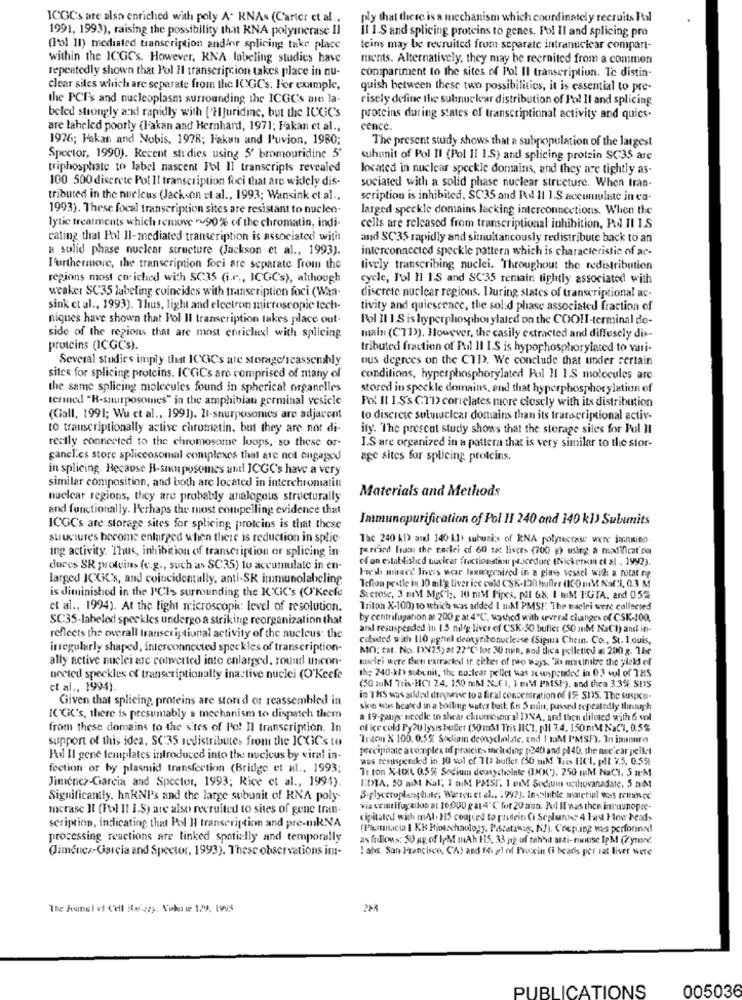
ICGCs are also enriched with poly A. RNAs (Carter et al ..
ply that there is a mechanism which coordinately recruits Pal
1991, 1993), raising the possibility that KNA polymerase Il
Il 1.S and splicing proteins to genes. Pol Il and splicing pro
(l'ol II) mediated transcription andfor splicing take place
teins may be recruited from separate intranucicar compart-
within the ICGCs. However, KNA labeling studies have
nichts. Alternatively, they may be recruited from a common
compartment to the sites of Pol Il transcription. Ic distin-
repeatedly shown that Pol Il transcription takes place in nu-
clear siles which are separate from the ICGCs. For example,
quish between these two possibilities, it is essential to pre-
the PCF's and nucleoplasm surrounding the ICGCs are la-
risely define the sulmnuclear distribution of l'ol Il and splicing
beled strongly and rapidly with ['Hjuridinc, but the ICGC's
proteins during states of transcriptional activity and quies.
are laheled poorly (Hakan and Hernhard, 1971; Fakan et al .,
cence
1976; Fakan and Nobis, 1978; Fakun and l'uvion, 1980;
The present study shows that a subpopulation of the largest
Spector, 1990). Recent studies using 5' bromouridine 5'
suhunit of Pol Il (Pol I1 1.S) and splicing protein SC35 are
triphosphate to label nascent Pol Il transcripts revealed
located in nuclear speckle domains, and they are tightly as-
100 500 discrete Pot Il transcription foci that are widely dis-
sociated with a solid phase nuclear structure. When Iran-
tributed in the nucleus (Jackson et al ., 1993; Wansink et al .,
scription is inhibited, SC35 and Pol 11 1.S accumulate in ca-
1993). These focal transcription sites are resistant to nucleo-
larged speckle domains lacking interconnections. When the
lytic treatments which rennwe ~90% of the chromatin, indi-
cells are released from transcriptional inhibition, PAN II I.S
cating that Pol Il-mediated transcription is associated with
and SC35 rapidly and simultaneously redistribute back to an
a solid phase nuclear structure (Jackson et al ., 1993).
interconnected speckle pattern which is characteristic of ar-
Furthermore, the transcription foci are separate from the
tively transcribing nuclei. Throughout the redistribution
regions most enriched with SC35 (i.r ., ICGCs), although
cycle, Pol Il IS and SC35 remain tightly associated with
weaker SC35 labeling coincides with transcription foci (Wan-
discrete nuclear regions. During states of transcriptional uc-
sink ct al ., 1993). Thus, light and electron microscopic tech-
tivity and quiescence, the sol:d phase associated fraction of
niques have shown that Pol Il transcription takes place out-
Pol Il 1 S is hyperphosphor ylated on the COO !- terminal do-
side of the regions that are most enriched with splicing
main (CT1)). However, the casily extracted and diffusely dis-
proteins (ICGC's).
tributed fraction of Pul II I.S is hypophosphorylated to vari-
Several studies imply that ICGCs are storage/reassembly
ous degrees on the CTD. We conclude that under certain
sites for splicing proteins. ICGiCs are comprised of many of
conditions, hyperphosphorylated Pol I1 1.S molecules are
the same splicing molecules found in spherical organelles
stored in speckle domains, end that hyperphosphorylation of
tenned "R-suurposomes" in the amphibian germinal vesicle
Pol Il 1.S's CTD> correlates more closely with its distribution
(Gall, 1991; Wu et al ., 1991). Is-snurposomes are adjacent
to discrete suluiuclear domains than its transcriptional activ-
to transcriptionally active chromatin, but they are not di-
ity. The present study shows that the storage sites for Pol Il
rectly connected to the chromosome loops, so these or-
I.S are organized in a pattern that is very similar to the stor-
ganclics store spliceosomal complexes that are not engaged
age sites for splicing proteins.
in splicing. Because B-snusposomes antl JCGC's have a very
similar composition, and both are located in interchromatin
Materials and Methods
nuelcar regions, they are probably analogous structurally
and functionally. Perhaps the most compelling evidence that
Immunopurification of Pol 11 240 and 140 k1) Subunits
ICGCs are storage sites for splicing, proteins is that these
stucture's become enlarged when there is reduction in splic-
Thc 240 KD arel 140 11> subuni of RNA polymerase were janwien.
ing activity. Thus, inhibition of transcription or splicing in-
parised from the recei of 60 sat livers (700 g) using a modification
of an established tucicat fractionstin procedure (Nickerson et al ., 1992).
duces SR proteins (c.g ., such as SC35) to accumulate in en-
larged ICGC's, and coincidentally, anti-SK immunolabeling
Fresh mixed livess wear Impaired in a glass vessel with a rotating
Teflon pestle in 10 mil'g tiver ice cold CSK-130 huffer (100 mM Naf:1, 0.3 M
is diminished in the PCIs surrounding the K'XiC's (O'Keefe
Stctose, 3 mM Mgs'l, I0 nIM Pipes, pil 68, 1 MM HGTA, and 0.5%
et al ., 1994). At the light microscopic level of resolution.
Triton X-100) to which was added I m.Af PMSI The maclei were collected
SC35-labeled speckles undergo a striking reorganization that
by centrifugarion an 200 gat 4"℃. washed with several changes of CSK-100,
and resuspended In 1.5 nilfg liver of CSK-50 buffer (50 mlM NaCh) and in-
reflects the overall transcriptional activity of the nucleus: the
cubeded with 110 ughtel deoxyribonucleese (Sigina Chein. Co ., St. louis,
irregularly shaped, interconnected speckles of transcription-
MO: cat. No. [NV25) at 22"℃ for 30 min, sou thea pelletied at 200 g. The
ally active nuclei are converted into enlarged, round uncon-
nuclei were then extractest ir either of two wags, "Re masinilze the yield of
the 240-kb) subunit, the nuclear pellet was se suspended in 0.3 sul of 785
nected speckles of transcriptionalty inactive nuclei (O'Keefe
et al ., 1994).
(50 mM Tris-HCI 7.4. 150 mlM N.( 1. 1 EM PMSI), and then 3.3% SUS
Given that splicing, proteins are stored or reassembled in
in THS was added drogrise to a firal concentration of IE: SIS. The suspen-
sinn was heated in a boiling water bath. fin 5 nun, passed repeatedly thingch
KGC's, there is presumably a mechanism to dispatch them
a 19-page needle to shear chromosomal DNA, and then diluted with 6 vol
from these domains to the sites of Po! Il transcription. In
of ice cold Py 20 lysis buffer (50 må1 Tris JICI. pH 7.4. 150mM NaC1, 0.5%
support of this idea, SC'35 sedistributes from the ICGiCs to
Triton X 100. 0.5% Sodium deoxycholate, end 1 taM I'MSF). In imsure
precipitate a complex of proteins including p240) and pl40, the nuclear pelket
Pul Il gene templates introduced into the nucleus by viral in-
was resuspended in 10 vol ef 11> buffer (50 mM Tais HCL, plt 25. 0.5%
fection or by plasmid transfection (Bridge et al ., 1993;
Ti ton X-100, 0.5 % Sodium deoxycholate (IX(K'). 250 mM NaCY, 5 I'M
Jimenez-Garcia and Spector, 1993; Rice et al ., 1994).
HDTA. 50 mM Kal' 1 miM PMSI: 1 eM Sodiuin a:thuvanadate, 5 m M
Significantly. hnRNP's and the large subunit of KNA poly-
3-glycerophosphate; Warten et al .. . 992). Insoluble material was retained
mcrasc It (Pol Il i.S) are also recruited to sites of gene tran-
via cristifugados at 16:000 gar4℃ for 20 mrun. Pul Il was then intusnopre-
cipitaled with mal. 15 courted to protein ( Seplunse 4 Fau How heads
scription, indicating that Pol Il transcription and pre-mkNA
(Plusnacia I.KK Hiotschaulog5. Pacata os, NJ). Coupling was performed
processing reactions are linked spatially and temporally
as follows: 50 ag of IpM mAh F15, 33 ng of tahhit arti- mouse IpM (7 yrond.
(Jiménez-Garcia and Spector, 1993). These observations im-
!abs. San Francisco, CA) and for pl of Procxin (i beads per sat liver were
2M
PUBLICATIONS
005036